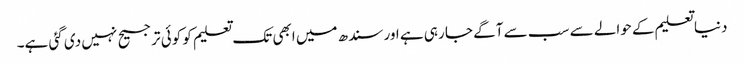
دنیا تعلیم کے حوالے سے سب سے آگے جا رہی ہے اور سندھ میں ابھی تک تعلیم کو کوئی ترجیح نہیں دی گئی ہے۔